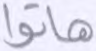
هاتوا